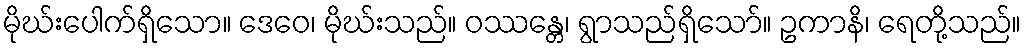
မိုဃ်းပေါက်ရှိသော။ ဒေဝေ၊ မိုဃ်းသည်။ ဝဿန္တေ၊ ရွာသည်ရှိသော်။ ဥကာနိ၊ ရေတို့သည်။